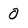
Character: 0